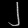
Digit: ၂